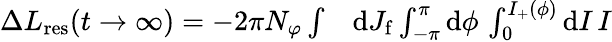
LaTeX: \begin{array}{rl}{\Delta L_{\mathrm{res}}(t\to\infty)=-2\pi N_{\varphi}\int}&{{}\mathrm{d}J_{\mathrm{f}}\int_{-\pi}^{\pi}\mathrm{d}\phi\, \int_{0}^{I_{+}(\phi)}\mathrm{d}I\, I}\end{array}